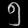
Digit: ၅